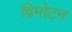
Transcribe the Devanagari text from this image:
विमोटन